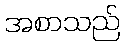
အစာသည်